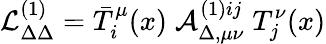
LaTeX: {\cal L}_{\Delta\Delta}^{(1)}=\bar{T}_{i}^{\mu}(x)\; {\cal A}_{\Delta,\mu\nu}^{{(1)}ij}\; T_{j}^{\nu}(x)